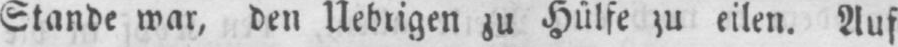
Stande war, den Nebrigen zu Hülfe zu eilen. Auf